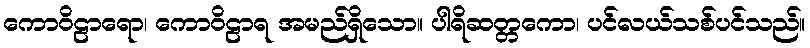
ကောဝိဠာရော၊ ကောဝိဠာရ အမည်ရှိသော။ ပါရိဆတ္တကော၊ ပင်လယ်သစ်ပင်သည်။